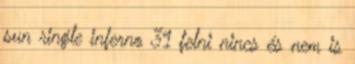
sun ringle inferno 31 felni nincs és nem is